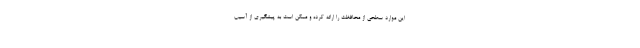
این موارد سطحی از محافظت را ارائه کرده و ممکن است به پیشگیری از آسیب